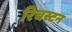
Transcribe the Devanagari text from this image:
रिचस्टन